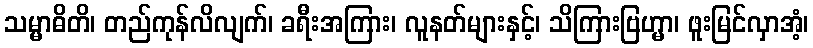
သမ္မာဓိတိ၊ တည်ကုန်လိလျက်၊ ခရီးအကြား၊ လူနတ်များနှင့်၊ သိကြားဗြဟ္မာ၊ ဖူးမြင်လှာအံ့၊